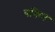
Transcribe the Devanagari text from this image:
यकिन